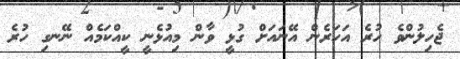
ޖެހިލުންވެ ހުރެ އަހަރެން އޭނައަށް ގުޅީ ވާން މިއުޅެނީ ކީއްކަމެއް ނޭނގި ހުރެ